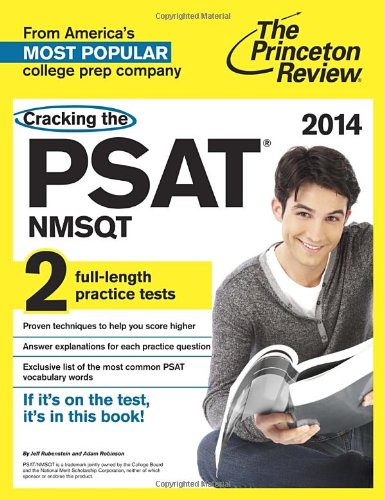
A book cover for Cracking the PSAT/NMSQT with 2 Practice Tests, 2014 Edition (College Test Preparation); Princeton Review; Test Preparation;